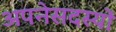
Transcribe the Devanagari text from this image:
अपनेसदस्यों